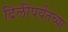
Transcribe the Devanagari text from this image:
दिलीपर्यंतच्या